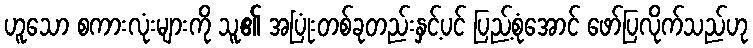
ဟူသော စကားလုံးများကို သူ၏ အပြုံးတစ်ခုတည်းနှင့်ပင် ပြည့်စုံအောင် ဖော်ပြလိုက်သည်ဟု